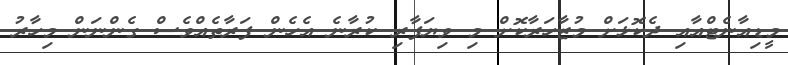
މީޑިއާނެޓްއާއި ދެކޮޅަށް މުޒާހަރާކޮށް މި ވިޔަފާރި ކުރާނެ އެހެން ފަރާތެއްވެސް ގެންނަން މިހާރު